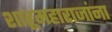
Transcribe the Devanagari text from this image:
शाहूमहाराजांना